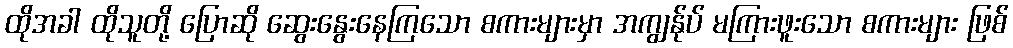
ထိုအခါ ထိုသူတို့ ပြောဆို ဆွေးနွေးနေကြသော စကားများမှာ အကျွန်ုပ် မကြားဖူးသော စကားများ ဖြစ်